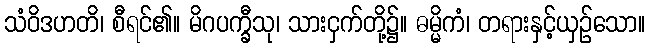
သံဝိဒဟတိ၊ စီရင်၏။ မိဂပက္ခီသု၊ သားငှက်တို့၌။ ဓမ္မိကံ၊ တရားနှင့်ယှဉ်သော။